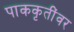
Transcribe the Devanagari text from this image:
पाककृतींवर